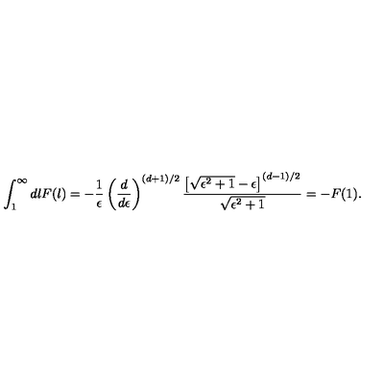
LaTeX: \int _ { 1 } ^ { \infty } d l F ( l ) = - { \frac { 1 } { \epsilon } } \left( \frac { d } { d \epsilon } \right) ^ { ( d + 1 ) / 2 } { \frac { \left[ \sqrt { \epsilon ^ { 2 } + 1 } - \epsilon \right] ^ { ( d - 1 ) / 2 } } { \sqrt { \epsilon ^ { 2 } + 1 } } } = - F ( 1 ) .